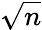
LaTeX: \sqrt{n}